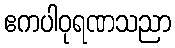
ဧကပါဝုရဏသညာ